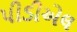
પીડીએલ